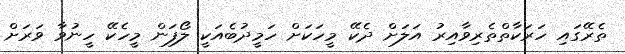
ތެރޭގައި ހަރަކާތްތެރިވާއިރު އަލަށް ދެކޭ މީހަކަށް ހަމީދުބެއަކީ ލޯފަން މީހެކޭ ހީނުވާ ވަރަށް